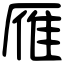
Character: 雁